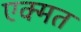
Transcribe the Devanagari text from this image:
एक्मत